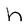
Character: h